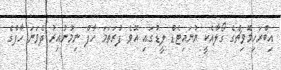
އިބްރަހިމޮވިޗްގެ ގޯލާއެކީ ޔުނައިޓެޑް ލީޑުގައި އޮވެ ފުރަތަމަ ހާފް ނިމުނުއިރު ދެވަނަ ހާފްގެ